Lunatic asylums United Provinces 1909-1921 - 1909-1921
Year: 1909
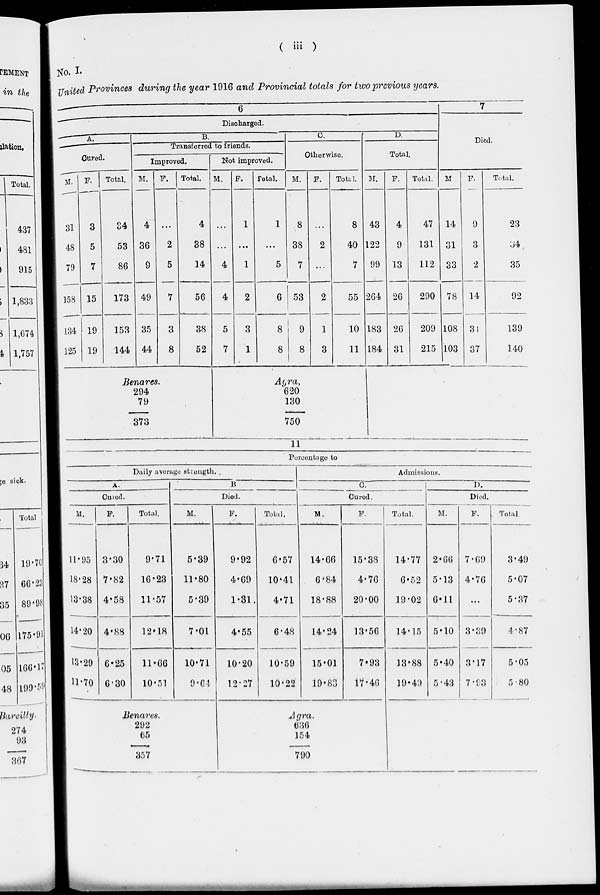
( iii )
No. I.
United Provinces during the year 1916 and Provincial totals for two previous years.
6
Discharged.
A.
Cured.
M.
31
48
79
158
134
125
F.
3
5
7
15
19
19
Total.
34
53
86
173
153
144
B.
Transferred to friends.
Improved.
M.
4
36
9
49
35
44
F.
…
2
5
7
3
8
Total.
4
38
14
56
38
52
Benares.
294
79
373
Not improved.
M.
…
…
4
4
5
7
F.
1
…
1
2
3
1
Total.
1
...
5
6
8
8
C.
Otherwise
M.
8
38
7
53
9
8
F.
…
2
...
2
1
3
Total.
8
40
7
55
10
11
Agra.
620
130
750
D.
Total.
M.
43
122
99
264
183
184
F.
4
9
13
26
26
31
Total.
47
131
112
290
209
215
7
Died.
M
14
31
33
78
108
103
F.
9
3
2
14
31
37
Total.
23
34
35
92
139
140
11
Percentage to
Daily average strength.
A.
Cured.
M.
11.95
18.28
13.38
14.20
13.29
11.70
F.
3.30
7.82
4.58
4.88
6.25
6.30
Total.
9.71
16.23
11.57
12.18
11.66
10.51
B
Died.
M.
5.39
11.80
5.39
7.01
10.71
9.64
Benares.
292
65
357
F.
9.92
4.69
1.31
4.55
10.20
12.27
Total.
6.57
10.41
4.71
6.48
10.59
10.22
Admissions.
C.
Cured.
M.
14.66
6.84
18.88
14.24
15.01
19.83
F.
15.38
4.76
20.00
13.56
7.93
17.46
Agra.
636
154
790
Total.
14.77
6.52
19.02
14.15
13.88
19.49
D.
Died.
M.
2.66
5.13
6.11
5.10
5.40
5.43
F.
7.69
4.76
...
3.39
3.17
7.93
Total.
3.49
5.07
5.37
4.87
5.05
5.80